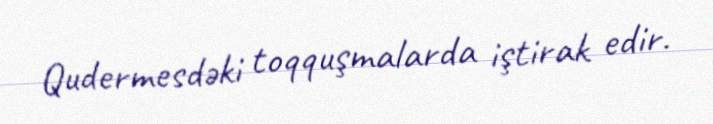
Qudermesdəki toqquşmalarda iştirak edir.